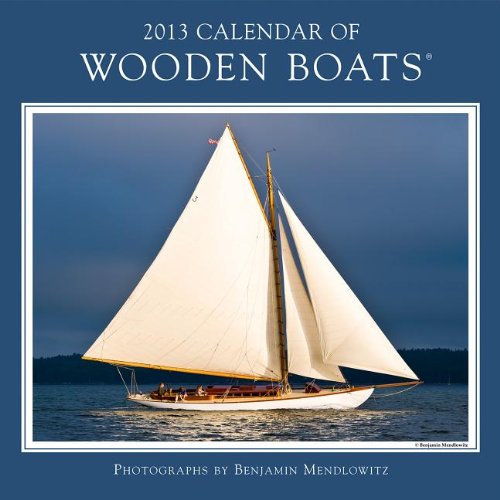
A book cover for Calendar of Wooden Boats; Calendars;